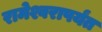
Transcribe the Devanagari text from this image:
रामेश्वरापर्यंत